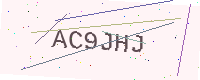
Text: AC9JHJ